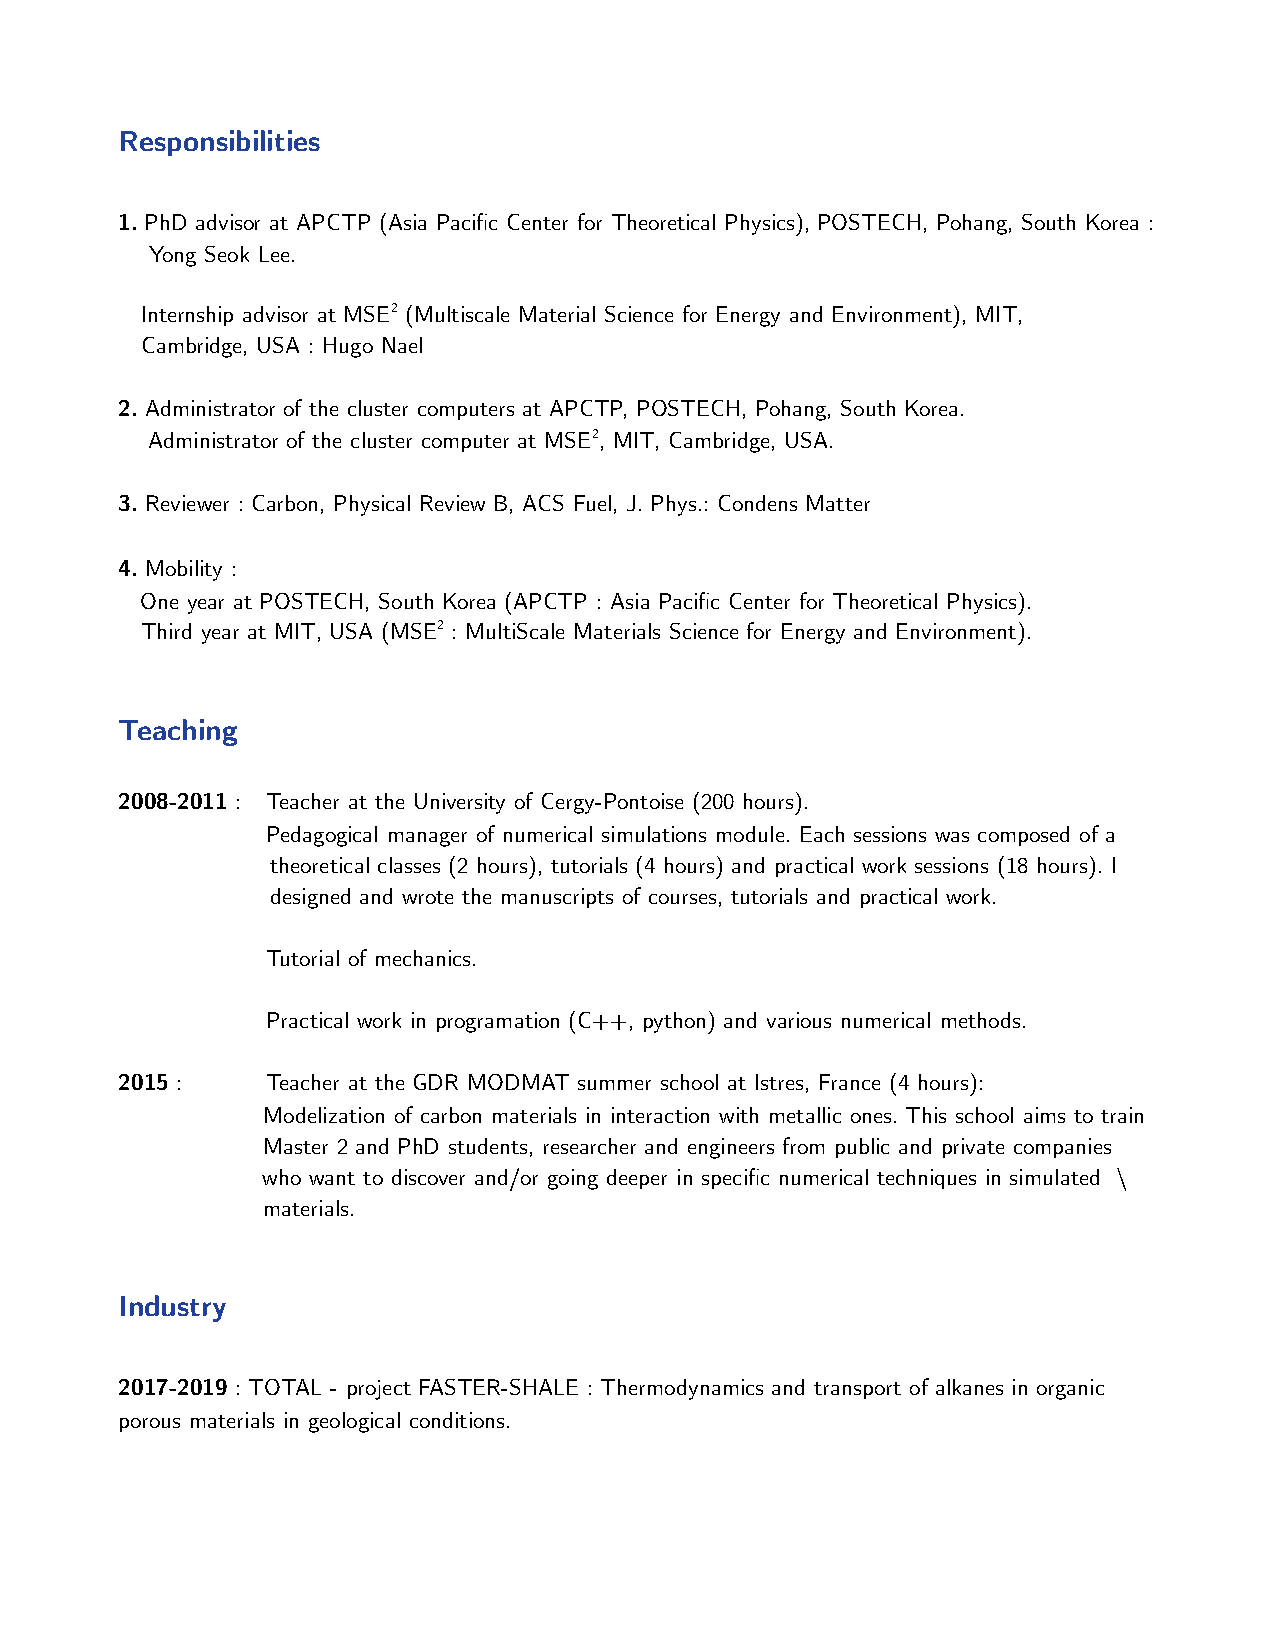
Responsibilities
 1. PhD advisor at APCTP (Asia Pacific Center for Theoretical Physics), POSTECH, Pohang, South Korea :
 Yong Seok Lee.
 Internship advisor at MSE2 (Multiscale Material Science for Energy and Environment), MIT,
 Cambridge, USA : Hugo Nael
 2. Administrator of the cluster computers at APCTP, POSTECH, Pohang, South Korea.
 Administrator of the cluster computer at MSE2, MIT, Cambridge, USA.
 3. Reviewer : Carbon, Physical Review B, ACS Fuel, J. Phys.: Condens Matter
 4. Mobility :
 One year at POSTECH, South Korea (APCTP : Asia Pacific Center for Theoretical Physics).
 Third year at MIT, USA (MSE2 : MultiScale Materials Science for Energy and Environment).
 Teaching
 2008-2011 : Teacher at the University of Cergy-Pontoise (200 hours).
 Pedagogical manager of numerical simulations module. Each sessions was composed of a
 theoretical classes (2 hours), tutorials (4 hours) and practical work sessions (18 hours). I
 designed and wrote the manuscripts of courses, tutorials and practical work.
 Tutorial of mechanics.
 Practical work in programation (C++, python) and various numerical methods.
 2015 :    Teacher at the GDR MODMAT summer school at Istres, France (4 hours):
 Modelization of carbon materials in interaction with metallic ones. This school aims to train
 Master 2 and PhD students, researcher and engineers from public and private companies
 who want to discover and/or going deeper in specific numerical techniques in simulated \
 materials.
 Industry
 2017-2019 : TOTAL - project FASTER-SHALE : Thermodynamics and transport of alkanes in organic
 porous materials in geological conditions.